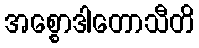
အစ္စောဒါတောသီတိ